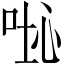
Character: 𠴤